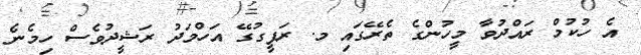
އެ ހުކުމް ރައްދުވާ މީހުންގެ ތެރޭގައި މ. ރަފީގުގޭ އަހްމަދު ރަޝީދުވެސް ހިމެނެ